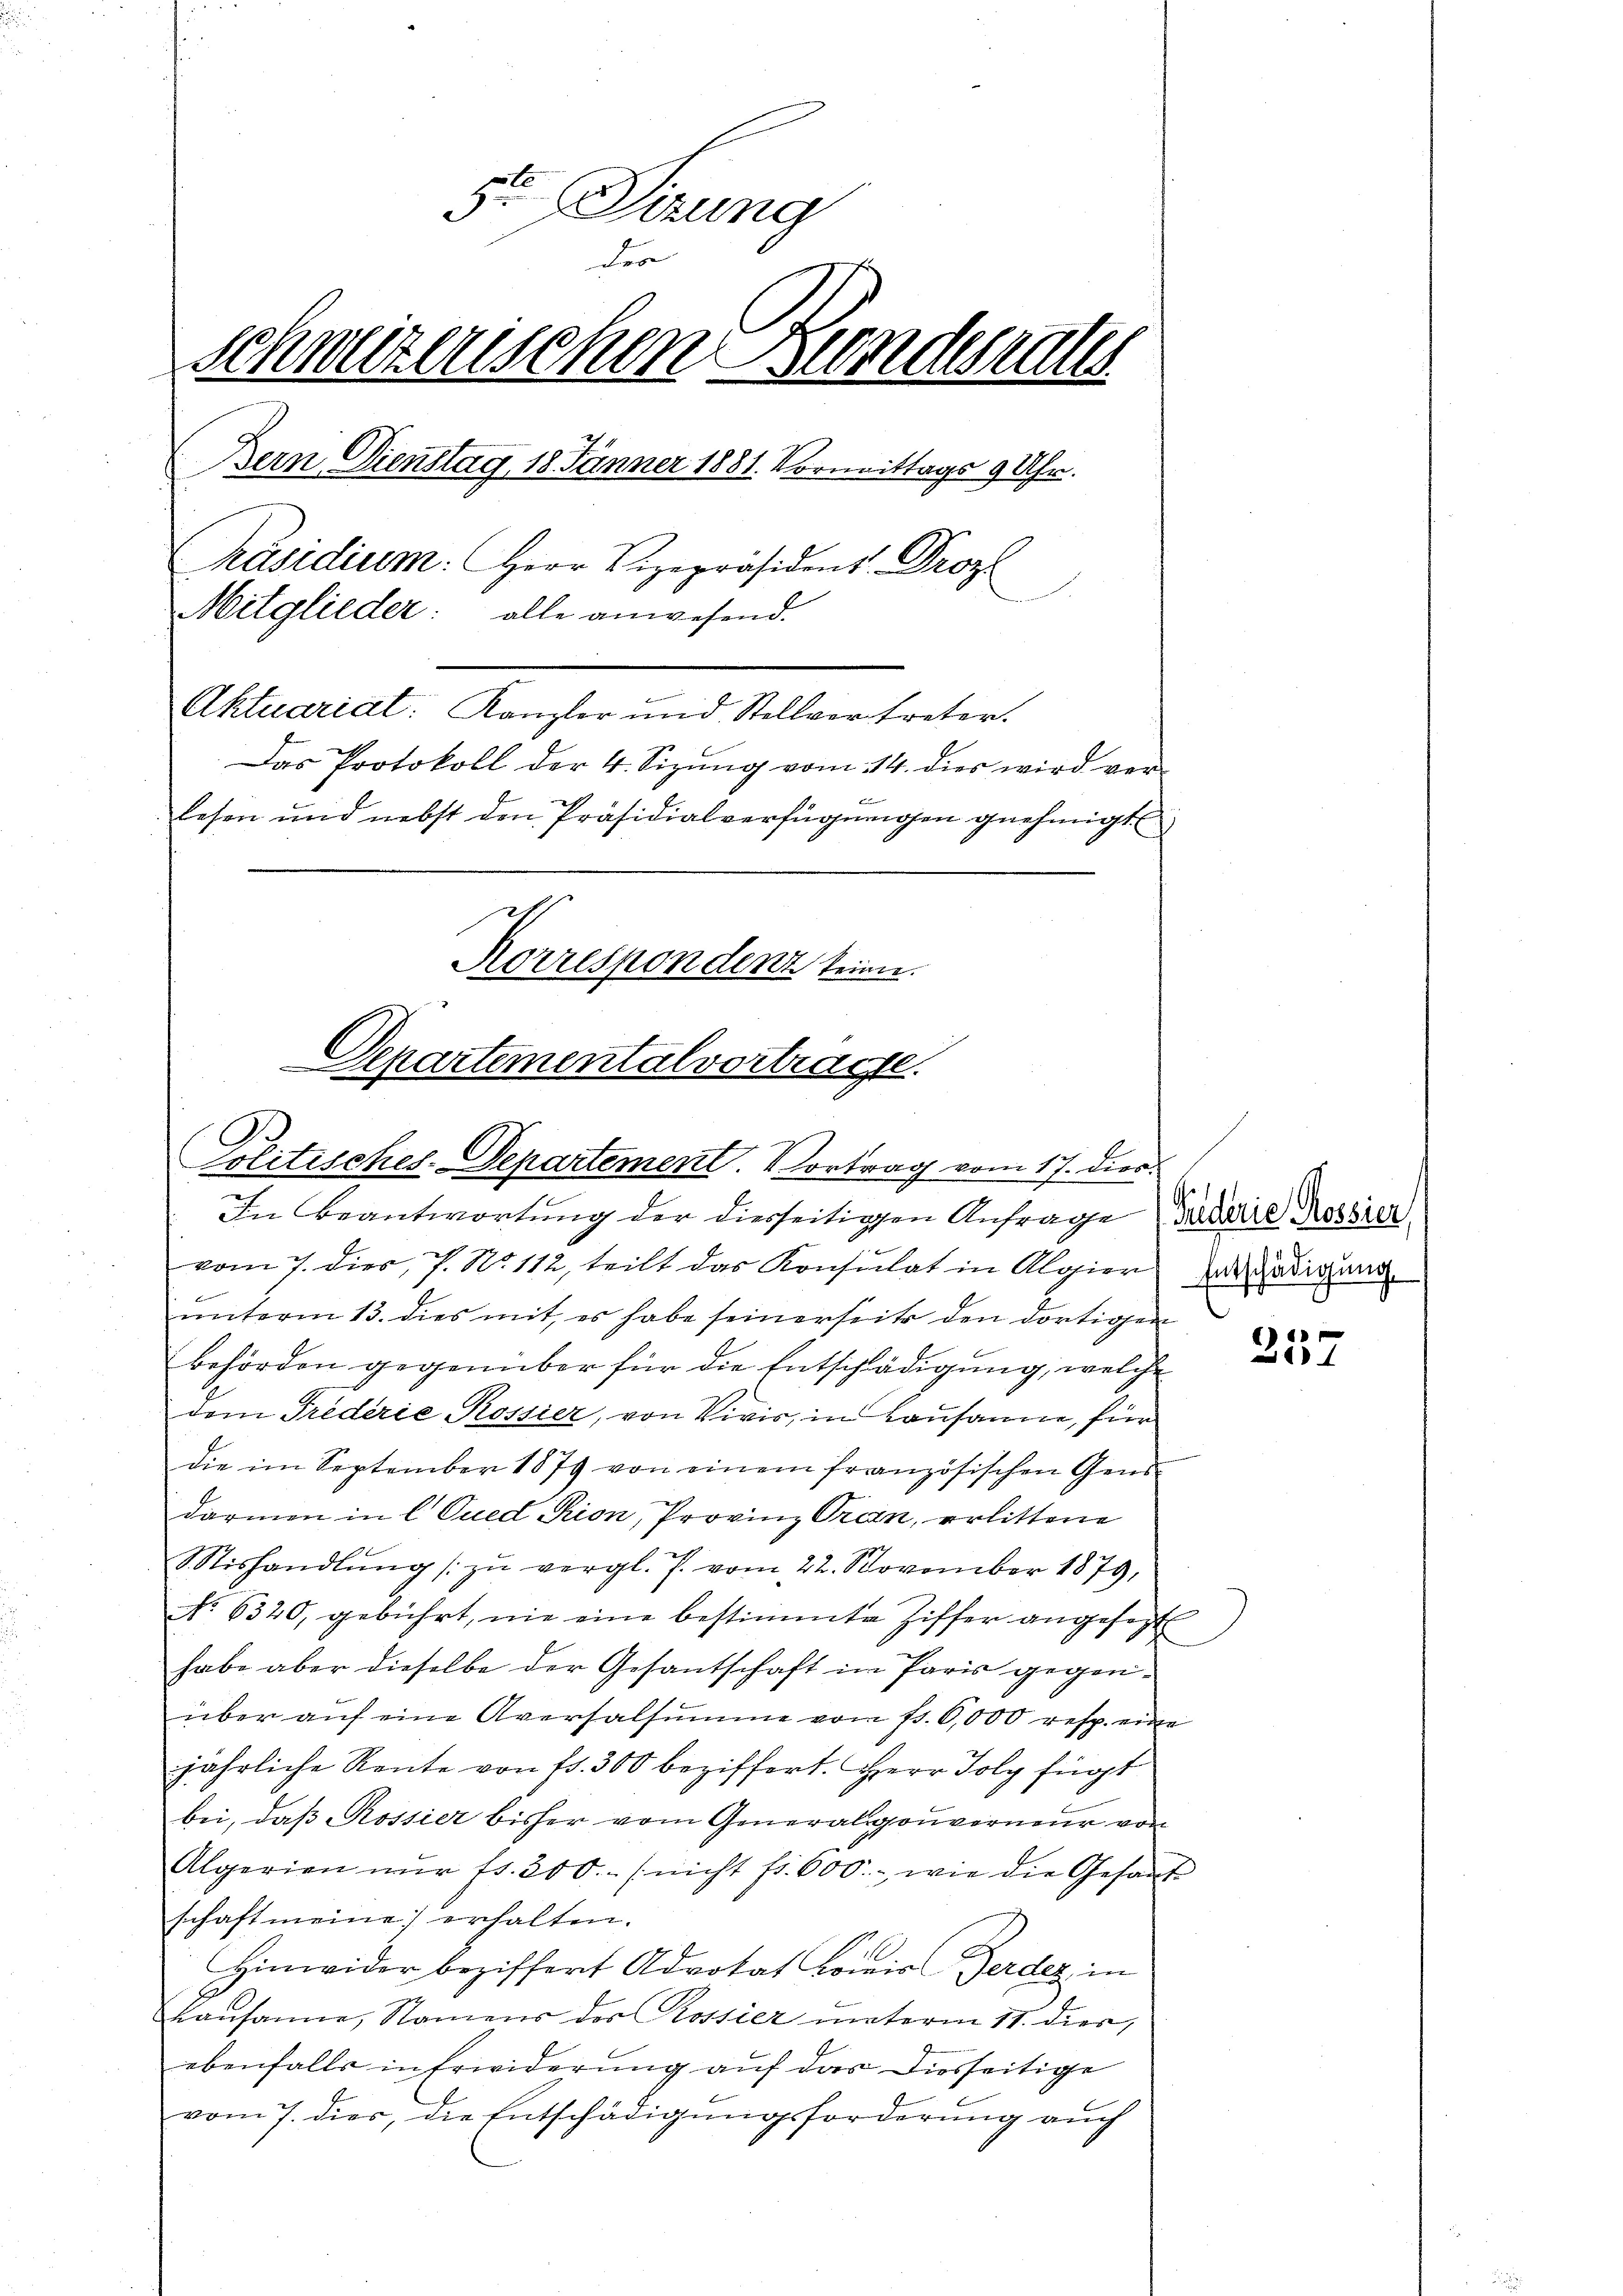
5te Sitzung
der
schweizerischen Bundesraths
Bern Dienstag, 18. Jänner 1881. Vormittags 9 Uhr.
Präsidium. Herr Vizepräsident Droz
u
Mitglieder: alle anwesend.
Aktuariat: Kanzler und Stellvertreter.
Das Protokoll der 4. Sizung vom 14. dies wird verlesen und nebst den Präsidialverfügŭngen genehmigt
Korrespondent keinen.

Departemental vortrage.
Politisches-Departement. Vortrag vom 17. dies.

In Beantwortung der diesseitigen Anfrage Bataire Rossier
vom 7. dies, 7. No. 112, teilt das Konsulat in Algier hat Hedigung
ŭnterm 13. dies mit, es habe seinerseits den dortigen
behörden gegenüber für die Entschädigung, welche
dem Trederie Rossier, von Vivis, in Lausanne, für
die im September 1879 von einem französischen Gens
darmen in C Qued Rion, Provinz Pran, erlittene
Stishandlŭng zŭ vergl. J. vom 22. November 1879,
No 6320, gebührt, nie eine bestimmte Ziffer angesezt
habe aber dieselbe der Gesantschaft im Paris gegenüber auf eine Aversalsumme vom fs. 6,000 resp. eine
jährliche Rente von fr. 300 beziffert. Herr Joly fügt
bei, daß Rossier bisher vom Generalgouverneur von
Algerien nŭr fr. 300.- (nicht fr. 600.- wie die Gesant
schaft meine erhalten.
Hinwider beziffert Advokat Koiis Zerden, in
Lausanne, Namens der Rossier unterm 11. dies,
ebenfalls in Erwiderung auf das diesseitige
vom 7. dies, die Entschädigŭngsforderŭng aŭch

237